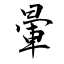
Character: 暈